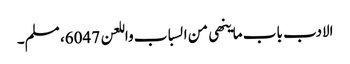
الادب باب ماینھی من السباب واللعن 6047، مسلم۔